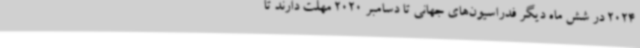
2024 در شش ماه دیگر فدراسیون‌های جهانی تا دسامبر 2020 مهلت دارند تا